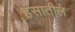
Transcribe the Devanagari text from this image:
हंसातील